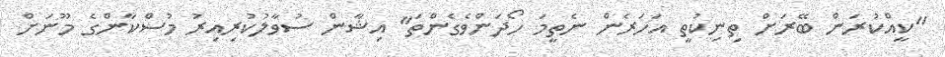
"ކީއްކުރަން ބޭރަށް ތިނިކުތީ އަހަރެން ނެތީމަ ހޯދަންވެގެންތަ" އިޝާން ސުވާލުކުރިއިރު މުސްކާންގެ މޫނަށް